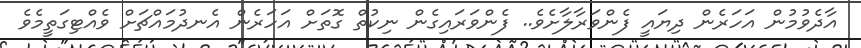
އާދެވުމުން އަހަރެން ދިޔައީ ފެންވަރާލާށެވެ.. ފެންވަރައިގެން ނިކުތް ގޮތަށް އަހަރެން އެނދުމައްޗަށް ވެއްޓިގަތީމެވެ